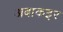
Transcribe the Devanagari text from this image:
अबाकइर